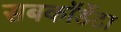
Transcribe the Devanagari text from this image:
सबकॉर्डेटा